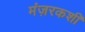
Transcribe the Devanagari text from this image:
मंज़रकशी